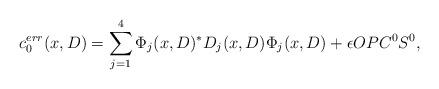
LaTeX: \begin{align*}c^{err}_0(x,D) = \sum_{j = 1}^4 \Phi_j(x,D)^* D_j(x,D) \Phi_j(x,D) + \epsilon OPC^0S^0,\end{align*}